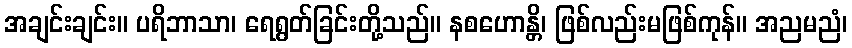
အချင်းချင်း။ ပရိဘာသာ၊ ရေရွတ်ခြင်းတို့သည်။ နစဟောန္တိ၊ ဖြစ်လည်းမဖြစ်ကုန်။ အညမညံ၊